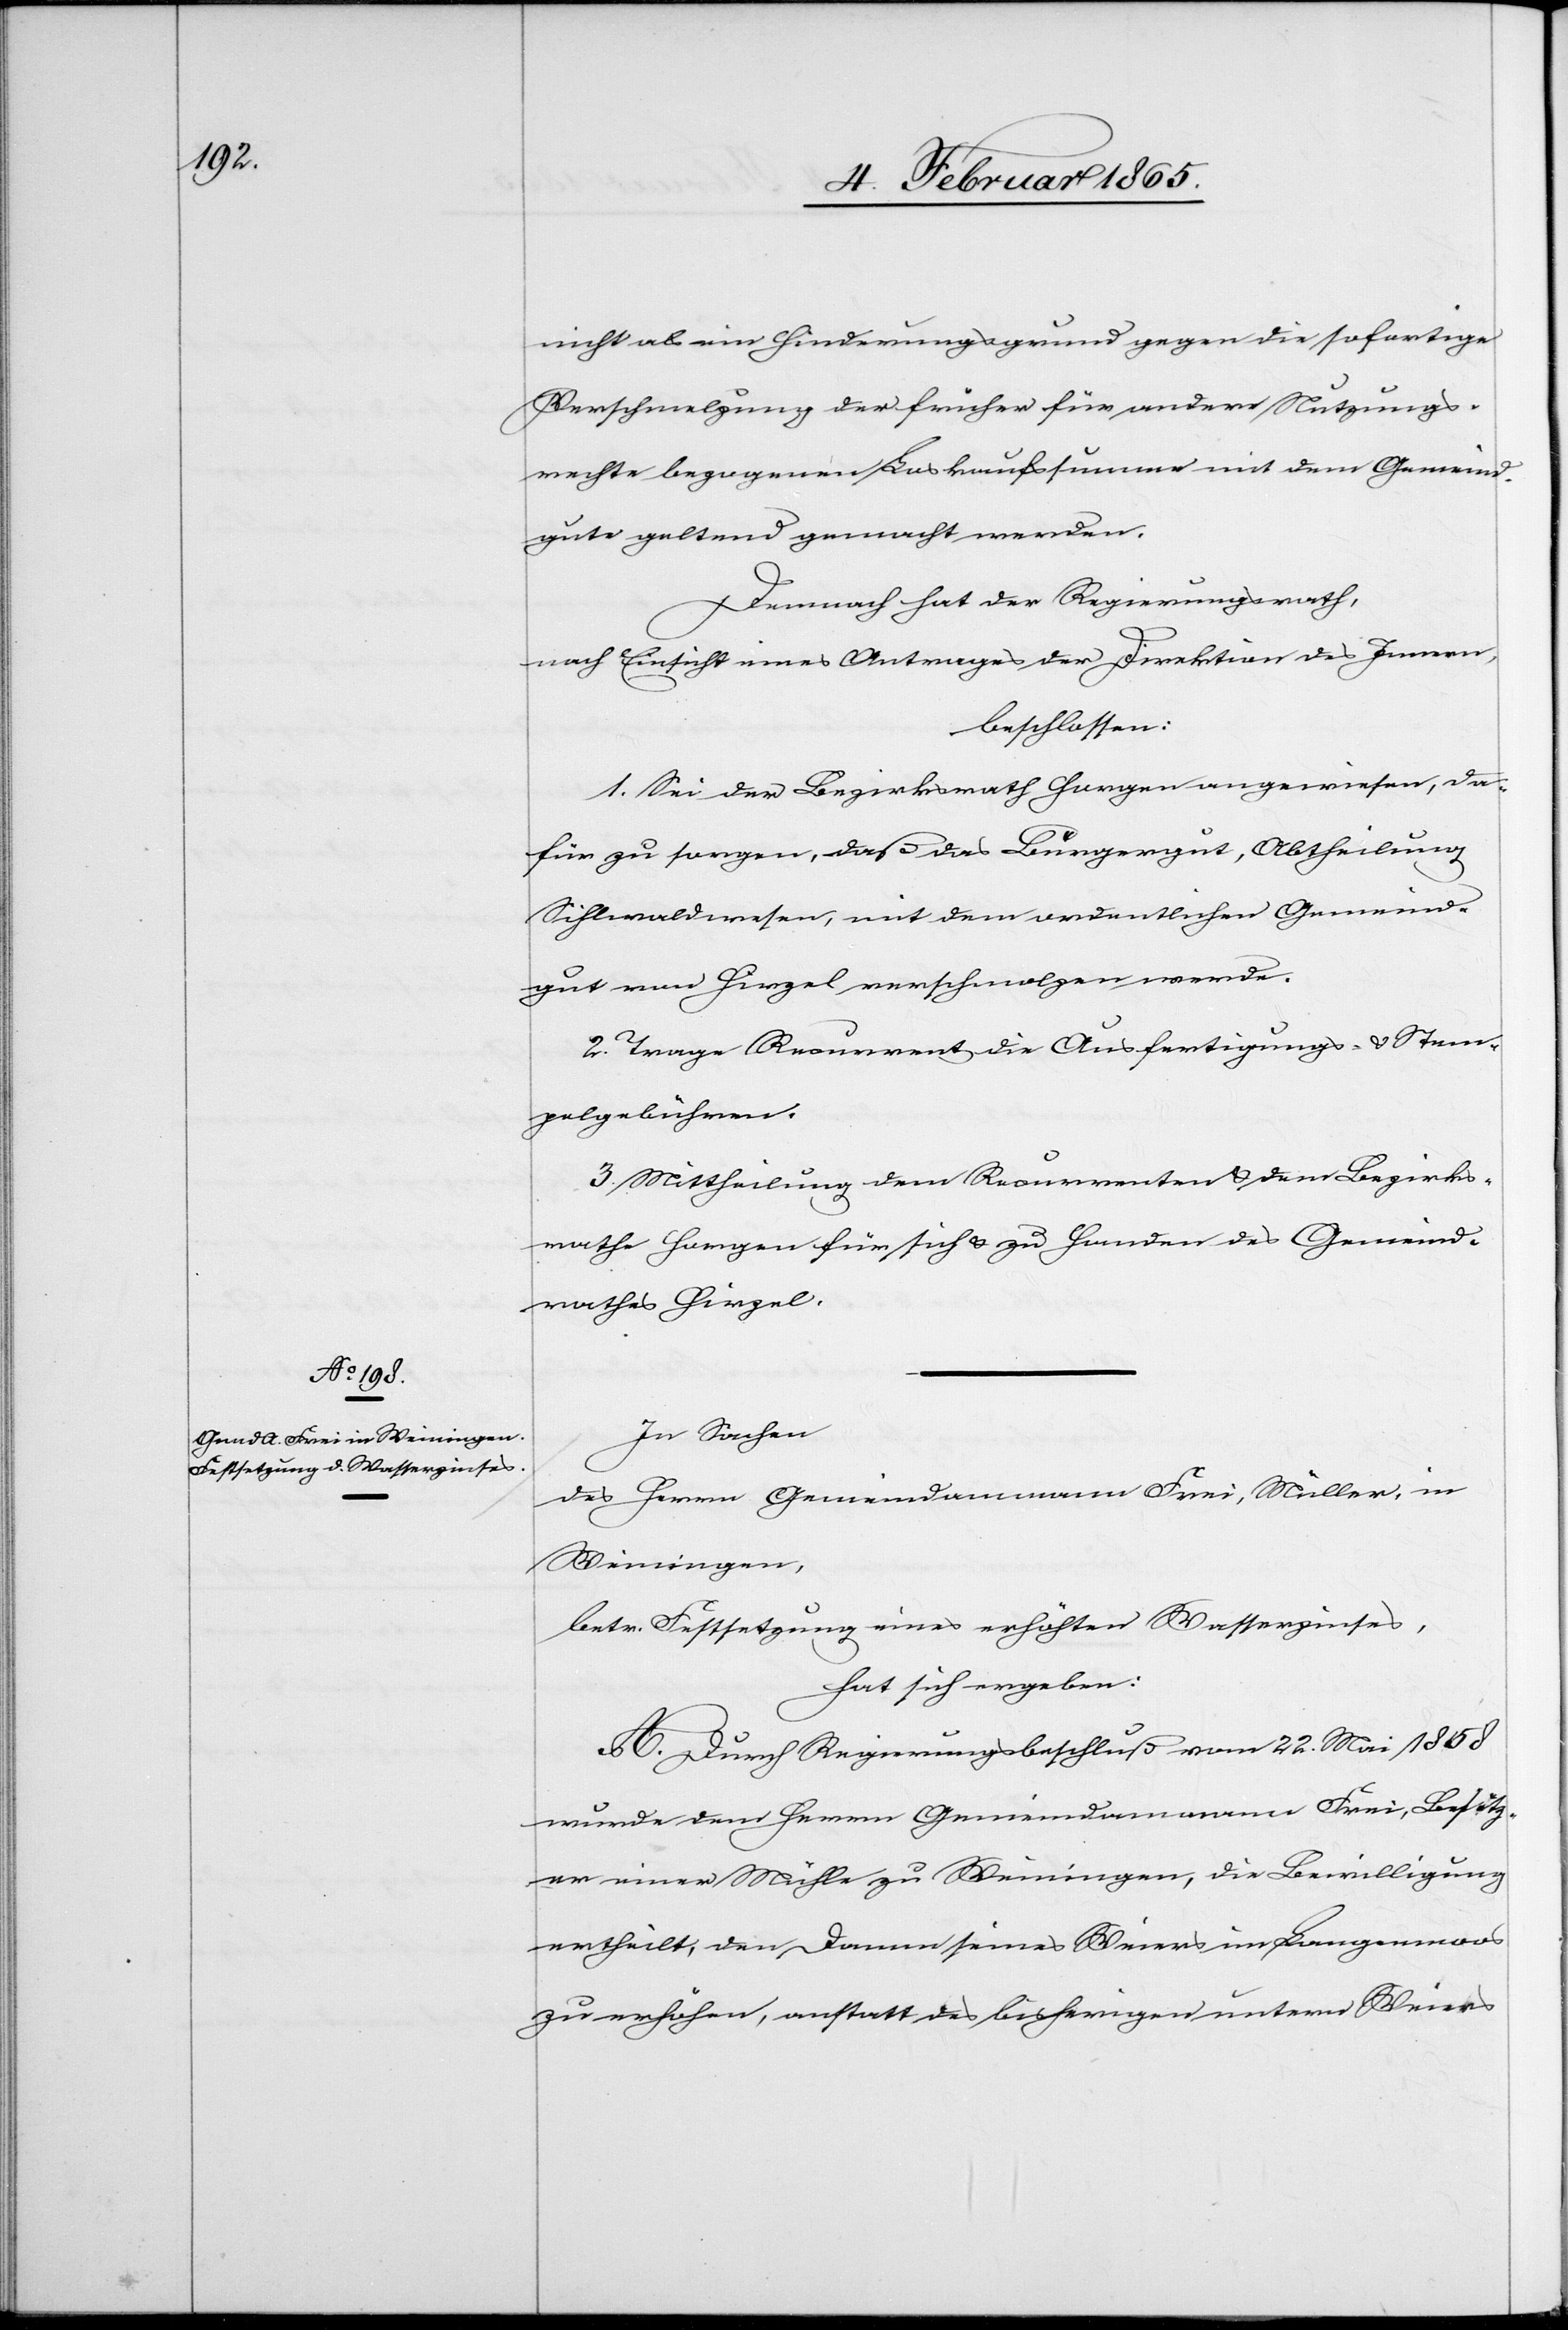
nicht als ein Hinderungsgrund gegen die sofortige
Verschmelzung der früher für andere Nutzungs¬
rechte bezogenen Loskaufssumme mit dem Gemeind¬
gute geltend gemacht werden.
Demnach hat der Regierungsrath,
nach Einsicht eines Antrages der Direktion des Innern,
beschlossen:
1. Sei der Bezirksrath Horgen angewiesen, da¬
für zu sorgen, daß das Bürgergut, Abtheilung
Sihlwaldwesen, mit dem ordentlichen Gemeind¬
gut von Hirzel verschmolzen werde.
2. Trage Recurrent die Ausfertigungs- u. Stem¬
pelgebühren.
3. Mittheilung dem Recurrenten u. dem Bezirks¬
rathe Horgen für sich u. zu Handen des Gemeind¬
rathes Hirzel.